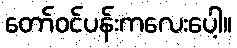
တော်ဝင်ပန်းကလေးပေါ့။